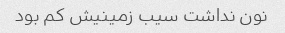
نون نداشت سیب زمینیش کم بود